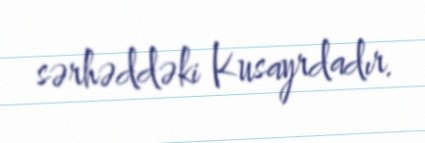
sərhəddəki Kusayrdadır.